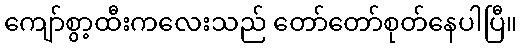
ကျော်စွာ့ထီးကလေးသည် တော်တော်စုတ်နေပါပြီ။